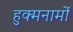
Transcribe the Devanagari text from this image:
हुक्मनामों